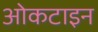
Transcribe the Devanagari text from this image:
ओकटाइन